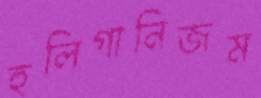
হুলিগানিজম